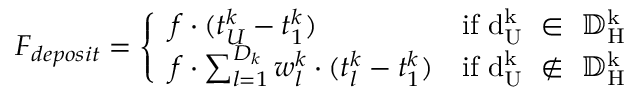
F _ { d e p o s i t } = \left\{ \begin{array} { l l } { f \cdot ( t _ { U } ^ { k } - t _ { 1 } ^ { k } ) } & { \mathrm { i f ~ d _ U ^ k ~ \in ~ { \mathbb { D } ^ k _ H } ~ } } \\ { f \cdot \sum _ { l = 1 } ^ { D _ { k } } w _ { l } ^ { k } \cdot ( t _ { l } ^ { k } - t _ { 1 } ^ { k } ) } & { \mathrm { i f ~ d _ U ^ k ~ \notin ~ { \mathbb { D } ^ k _ H } ~ } } \end{array} \right.